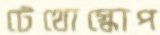
টেথোস্কোপ